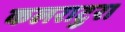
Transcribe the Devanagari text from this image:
कलराटुरा